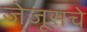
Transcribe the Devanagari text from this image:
जेजूसचे